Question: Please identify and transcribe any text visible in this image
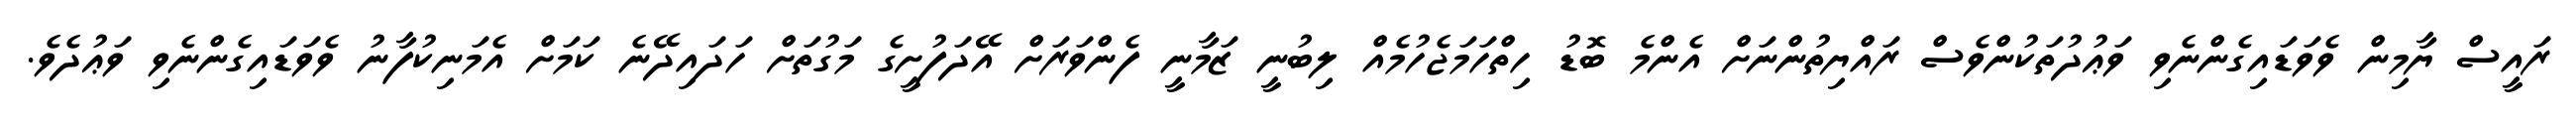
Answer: ރައީސް ޔާމިން ވެވަޑައިގެންނެވި ވަޢުދުތަކުންވެސް ރައްޔިތުންނަށް އެންމެ ބޮޑު ހިތްހަމަޖެހުމެއް ލިބުނީ ޒަމާނީ ފެންވަރަށް އޭދަފުށީގެ މަގުތަށް ހަދައިދޭނެ ކަމަށް އެމަނިކުފާނު ވެވަޑައިގެންނެވި ވަޢުދެވެ.